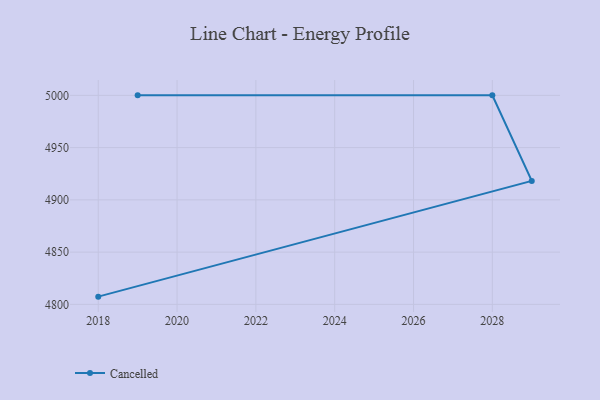
{"axis": {"x": "Year", "y": "Net Income (USD K)"}, "legend": ["Cancelled"], "data": [{"x": "2018", "y": 4807.4, "type": "Cancelled"}, {"x": "2029", "y": 4918.1, "type": "Cancelled"}, {"x": "2028", "y": 5000, "type": "Cancelled"}, {"x": "2019", "y": 5000, "type": "Cancelled"}]}